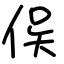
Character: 㑨